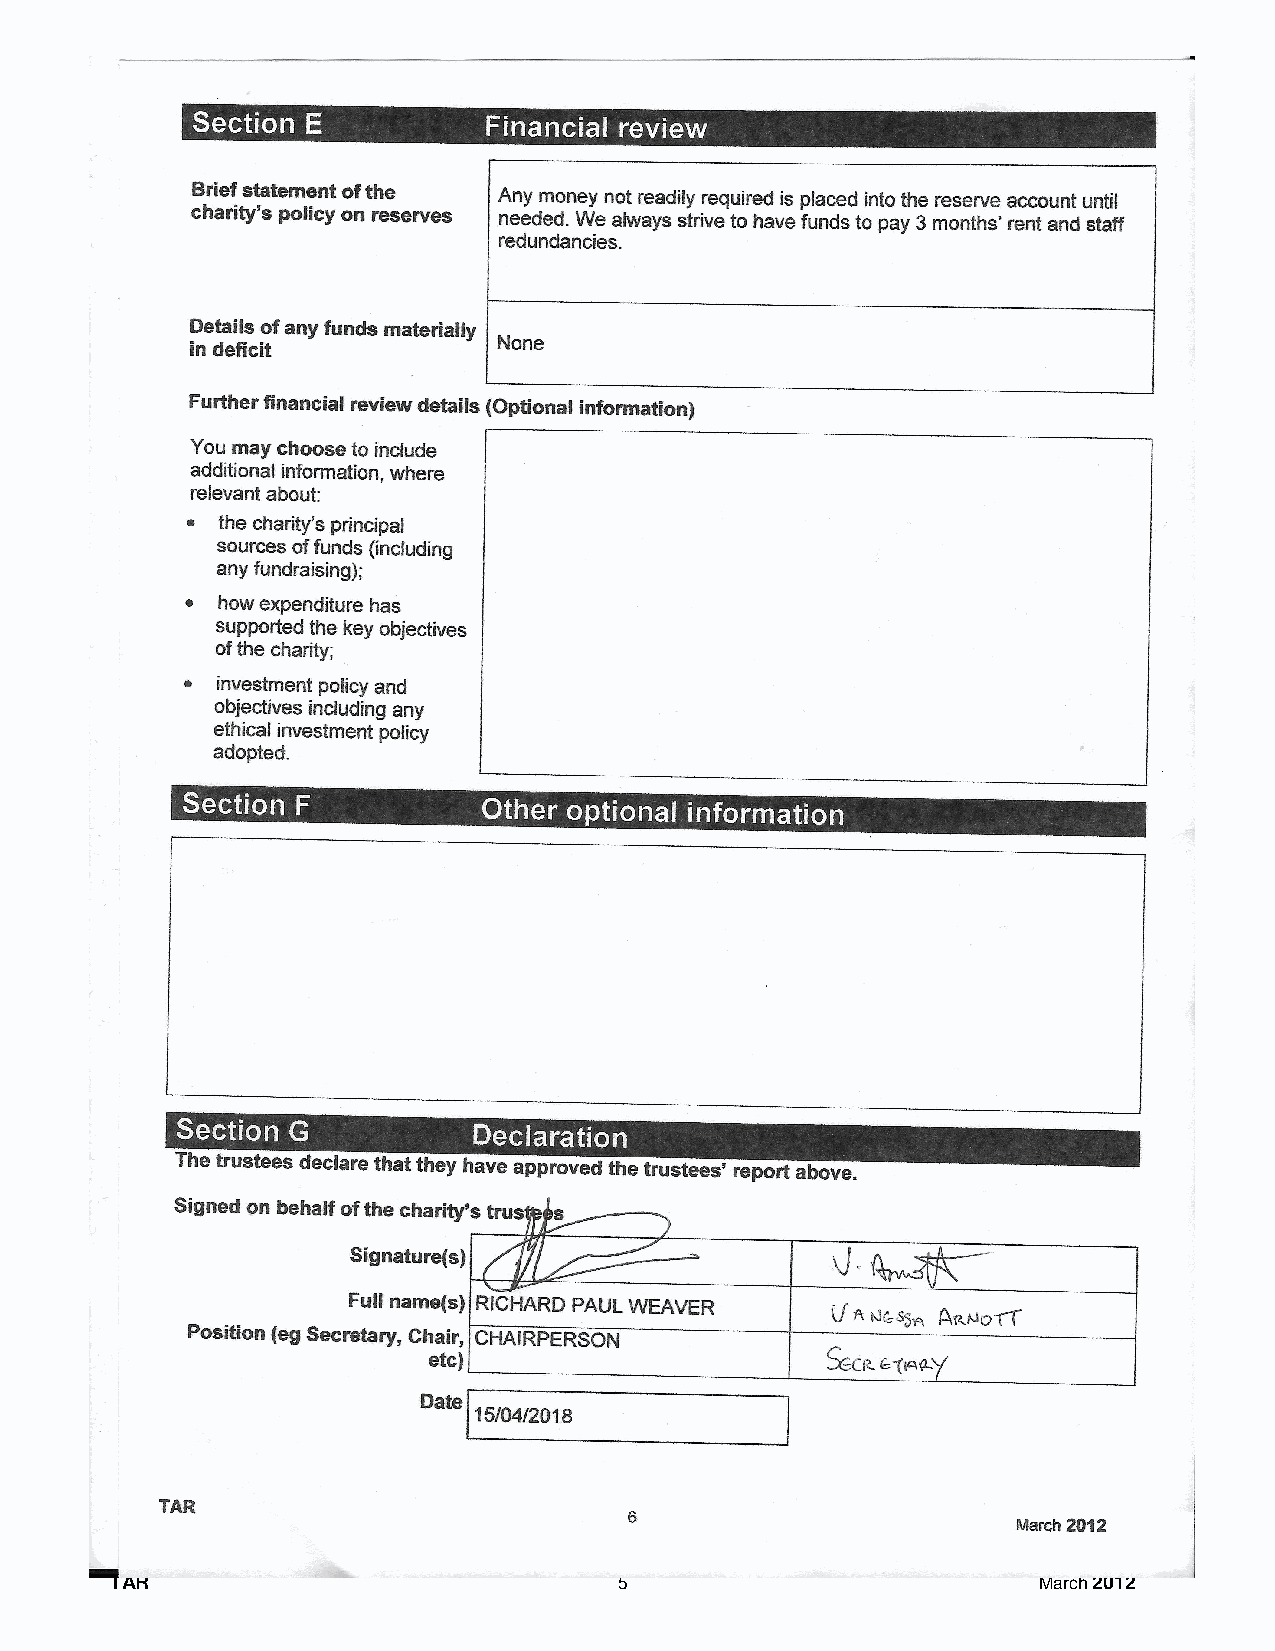
T AR                              5                           March 2012